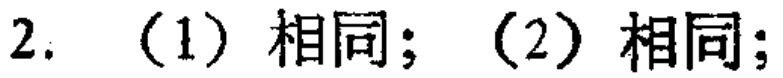
2. （1）相同；（2）相同；